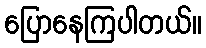
ပြောနေကြပါတယ်။